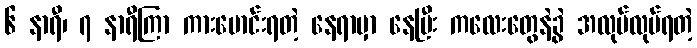
၆ နာရီ၊ ၇ နာရီကြာ ကားမောင်းရတဲ့ နေရာမှာ နေပြီး ကလေးတွေနဲ့ခွဲ အလုပ်လုပ်ရတဲ့